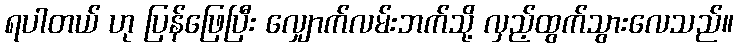
ရပါတယ် ဟု ပြန်ဖြေပြီး လျှောက်လမ်းဘက်သို့ လှည့်ထွက်သွားလေသည်။